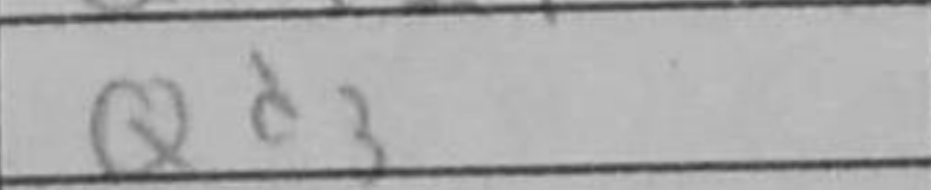
Transcription: Qd3